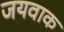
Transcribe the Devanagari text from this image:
जयवाक